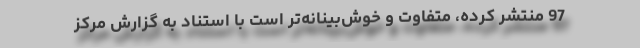
97 منتشر كرده، متفاوت و خوش‌بينانه‌تر است با استناد به گزارش مركز